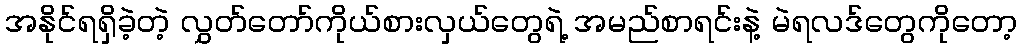
အနိုင်ရရှိခဲ့တဲ့ လွှတ်တော်ကိုယ်စားလှယ်တွေရဲ့ အမည်စာရင်းနဲ့ မဲရလဒ်တွေကိုတော့